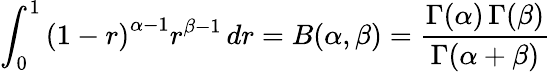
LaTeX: \int_{0}^{1}\left(1-r\right)^{\alpha-1}r^{\beta-1}\, dr=B(\alpha,\beta)={\frac{\Gamma(\alpha)\, \Gamma(\beta)}{\Gamma(\alpha+\beta)}}